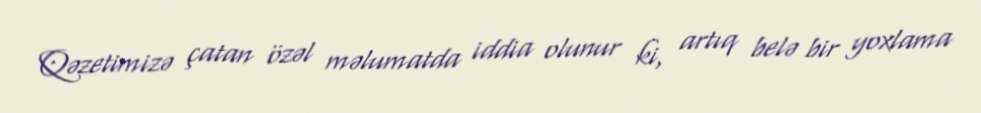
Qəzetimizə çatan özəl məlumatda iddia olunur ki, artıq belə bir yoxlama